Annual report on the lock hospitals of the Madras Presidency
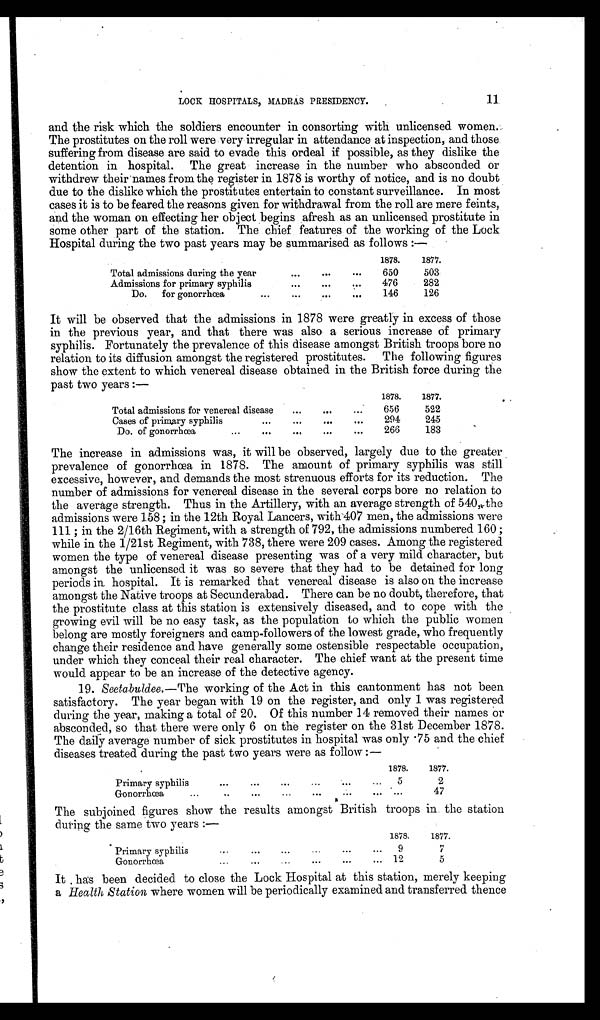
11
LOCK HOSPITALS, MADRAS PRESIDENCY.
and the risk which the soldiers encounter in consorting with unlicensed women.
The prostitutes on the roll were very irregular in attendance at inspection, and those
suffering from disease are said to evade this ordeal if possible, as they dislike the
detention in hospital. The great increase in the number who absconded or
withdrew their names from the register in 1878 is worthy of notice, and is no doubt
due to the dislike which the prostitutes entertain to constant surveillance. In most
cases it is to be feared the reasons given for withdrawal from the roll are mere feints,
and the woman on effecting her object begins afresh as an unlicensed prostitute in
some other part of the station. The chief features of the working of the Lock
Hospital during the two past years may be summarised as follows:—
1878.
1877.
Total admissions during the year
...
...
. . .
650
503
Admissions for primary syphilis
...
.... . .
476
282
Do. for gonorrhœa
...
. . .
...
. . .
146
126
It will be observed that the admissions in 1878 were greatly in excess of those
in the previous year, and that there was also a serious increase of primary
syphilis. Fortunately the prevalence of this disease amongst British troops bore no
relation to its diffusion amongst the registered prostitutes. The following figures
show the extent to which venereal disease obtained in the British force during the
past two years:—
1878.
1877.
Total admissions for venereal disease
...
...
. . .
656
522
Cases of primary syphilis
...
...
...
...
294
245
Do. of gonorrhœa
...
...
...
...
. . .
266
183
The increase in admissions was, it will be observed, largely due to the greater
prevalence of gonorrhœa in 1878. The amount of primary syphilis was still
excessive, however, and demands the most strenuous efforts for its reduction. The
number of admissions for venereal disease in the several corps bore no relation to
the average strength. Thus in the Artillery, with an average strength of 540, the
admissions were 158; in the 12th Royal Lancers, with 407 men, the admissions were
111; in the 2/16th Regiment, with a strength of 792, the admissions numbered 160;
while in the 1/21st Regiment, with 738, there were 209 cases. Among the registered
women the type of venereal disease presenting was of a very mild character, but
amongst the unlicensed it was so severe that they had to be detained for long
periods in hospital. It is remarked that venereal disease is also on the increase
amongst the Native troops at Secunderabad. There can be no doubt, therefore, that
the prostitute class at this station is extensively diseased, and to cope with the
growing evil will be no easy task, as the population to which the public women
belong are mostly foreigners and camp-followers of the lowest grade, who frequently
change their residence and have generally some ostensible respectable occupation,
under which they conceal their real character. The chief want at the present time
would appear to be an increase of the detective agency.
19. Seetabuldee.— The working of the Act in this cantonment has not been
satisfactory. The year began with 19 on the register, and only 1 was registered
during the year, making a total of 20. Of this number 14 removed their names or
absconded, so that there were only 6 on the register on the 31st December 1878.
The daily average number of sick prostitutes in hospital was only .75 and the chief
diseases treated during the past two years were as follow:—
1878.
1877.
Primary syphilis
...
...
...
... ... ... 5
2
Gonorrhœa
... . .
. . .
. . .
. . .
... ...
...
47
The subjoined figures show the results amongst British troops in. the station
during the same two years:—
1878.
1877.
Primary syphilis
...
...
...
...
... ...
9
7
Gonorrhœa
... ... ... ... ... ...
12
5
I t h a s b e e n d e c i d e d t o c l o s e t h e L o c k H o s p i t a l a t t h i s s t a t i o n , m e r e l y k e e p i n g
a H e a l t h S t a t i o n
w h e r e w o m e n w i l l b e p e r i o d i c a l l y e x a m i n e d a n d t r a n s f e r r e d t h e n c e